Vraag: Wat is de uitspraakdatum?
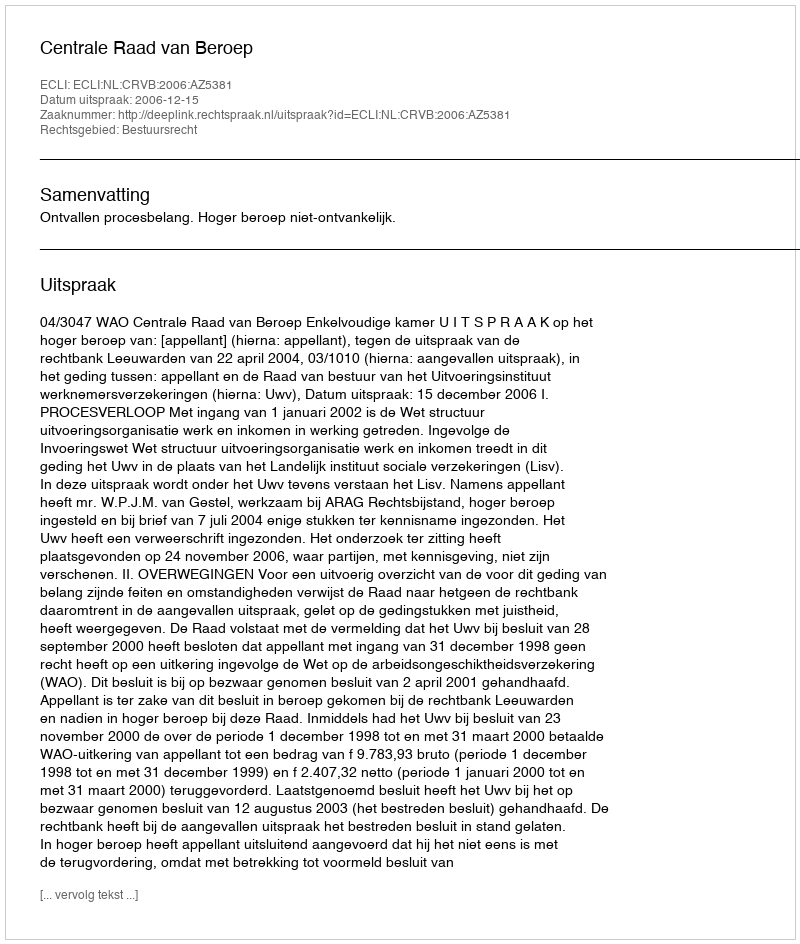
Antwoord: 2006-12-15